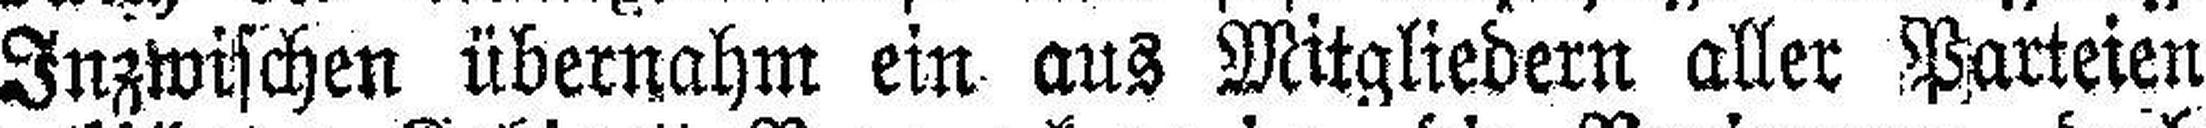
Inzwischen übernahm ein aus Mitgliedern aller Karteien